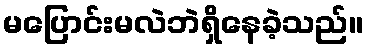
မပြောင်းမလဲဘဲရှိနေခဲ့သည်။